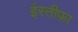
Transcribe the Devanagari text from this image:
ईस्तीफ़ा